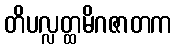
တိပလ္လတ္ထမိဂဇာတက